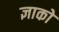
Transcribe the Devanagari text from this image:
ज्ञाको